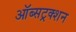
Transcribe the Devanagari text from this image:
ऑब्सट्रक्शन